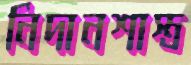
নিদানশাস্ত্র